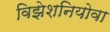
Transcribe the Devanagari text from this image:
विझेशनियोवा